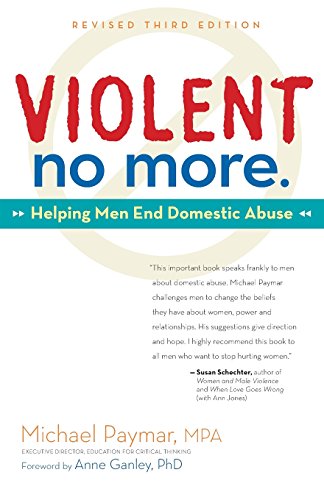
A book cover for Violent No More: Helping Men End Domestic Abuse; Michael Paymar; Self-Help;